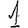
Digit: 1